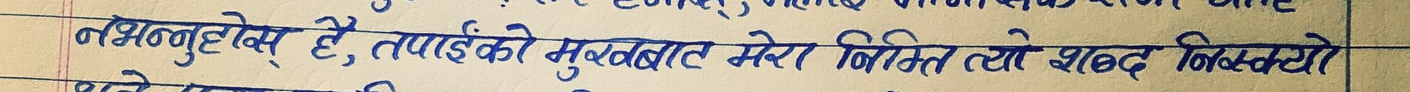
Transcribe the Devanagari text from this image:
नभन्नुहोस् है, तपाईंको मुखबाट मेरा निम्ति त्यो शब्द निस्क्यो।